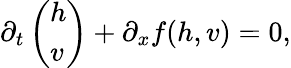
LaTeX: \partial_{t}\left(\begin{array}{l}{h}\\ {v}\end{array}\right)+\partial_{x}f(h,v)=0,